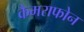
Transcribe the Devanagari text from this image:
कैमराफोन